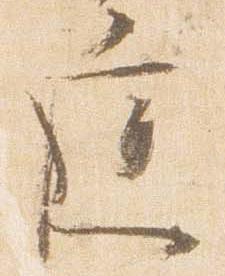
庭